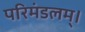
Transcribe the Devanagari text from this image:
परिमंडलम्।